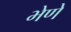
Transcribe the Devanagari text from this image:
भेणे